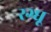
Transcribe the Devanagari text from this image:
रग्घू